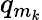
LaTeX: q_{m_{k}}